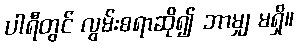
ပါရီတွင် လွမ်းစရာဆို၍ ဘာမျှ မရှိ။